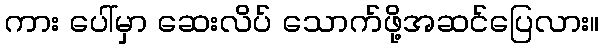
ကား ပေါ်မှာ ဆေးလိပ် သောက်ဖို့အဆင်ပြေလား။